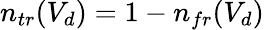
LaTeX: n_{tr}(V_{d})=1-n_{fr}(V_{d})